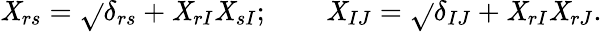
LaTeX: \mathit{X}_{rs}=\sqrt{}{{\delta_{rs}+\mathit{X}_{rI}\mathit{X}_{sI}}};\qquad\mathit{X}_{IJ}=\sqrt{}{{\delta_{IJ}+\mathit{X}_{rI}\mathit{X}_{rJ}}}.